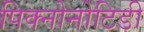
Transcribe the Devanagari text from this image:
पिक्नोनोटिडी